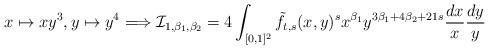
LaTeX: \begin{gather*}x\mapsto x y^3,y\mapsto y^4\Longrightarrow\mathcal{I}_{1,\beta_1,\beta_2}=4\int_{[0,1]^2}\tilde{f}_{t,s}(x,y)^s x^{\beta_1} y^{3\beta_1+4\beta_2+21s} \frac{dx}{x}\frac{dy}{y}\end{gather*}